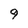
Character: 9